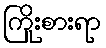
ကြိုးစားရာ